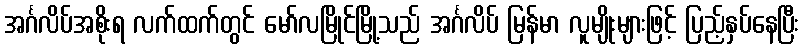
အင်္ဂလိပ်အစိုးရ လက်ထက်တွင် မော်လမြိုင်မြို့သည် အင်္ဂလိပ် မြန်မာ လူမျိုးများဖြင့် ပြည့်နှပ်နေပြီး